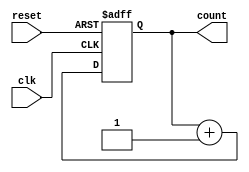
module ripple_counter (
    input wire clk,       // Clock input
    input wire reset,     // Asynchronous reset input
    output reg [3:0] count // 4-bit count output
);

// Always block triggered on the rising edge of the clock or reset
always @(posedge clk or posedge reset) begin
    if (reset) begin
        count <= 4'b0000; // Reset count to 0
    end else begin
        count <= count + 1; // Increment count
    end
end

endmodule